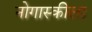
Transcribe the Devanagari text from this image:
नोगास्कीला